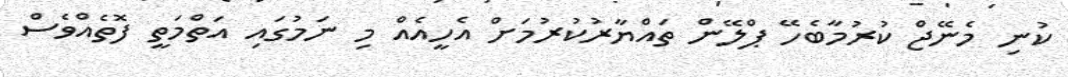
ކުނި މެނޭޖް ކުރުމާބެހޭ ޕްލޭން ތައްޔާރުކުރުމަށް އެހީއެއް މި ނަމުގައި އަތްމަތީ ފޮތެއްވެސް